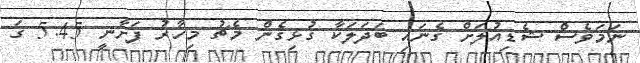
ނަމަވެސް ޝެޑިއުލަށް ގެނައި ބަދަލަކާ ގުޅިގެން މެޗު މިހާރު ފަށާނީ 5:45 ގަ